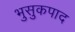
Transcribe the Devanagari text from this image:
भुसुकपाद